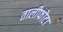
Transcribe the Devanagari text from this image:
तालीफोटा